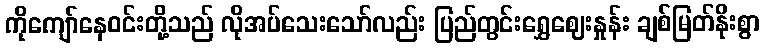
ကိုကျော်နေဝင်းတို့သည် လိုအပ်သေးသော်လည်း ပြည်တွင်းရွှေဈေးနှုန်း ချစ်မြတ်နိုးစွာ